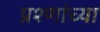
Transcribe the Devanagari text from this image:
प्रश्णांच्या